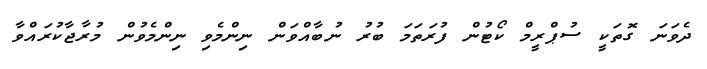
ދެވަނަ ގޮތަކީ ސުޕްރީމް ކޯޓުން ފުރަތަމަ ބުރު ނުބާއްވަން ނިންމެވި ނިންމެވުން މުރާޖާކުރައްވާ